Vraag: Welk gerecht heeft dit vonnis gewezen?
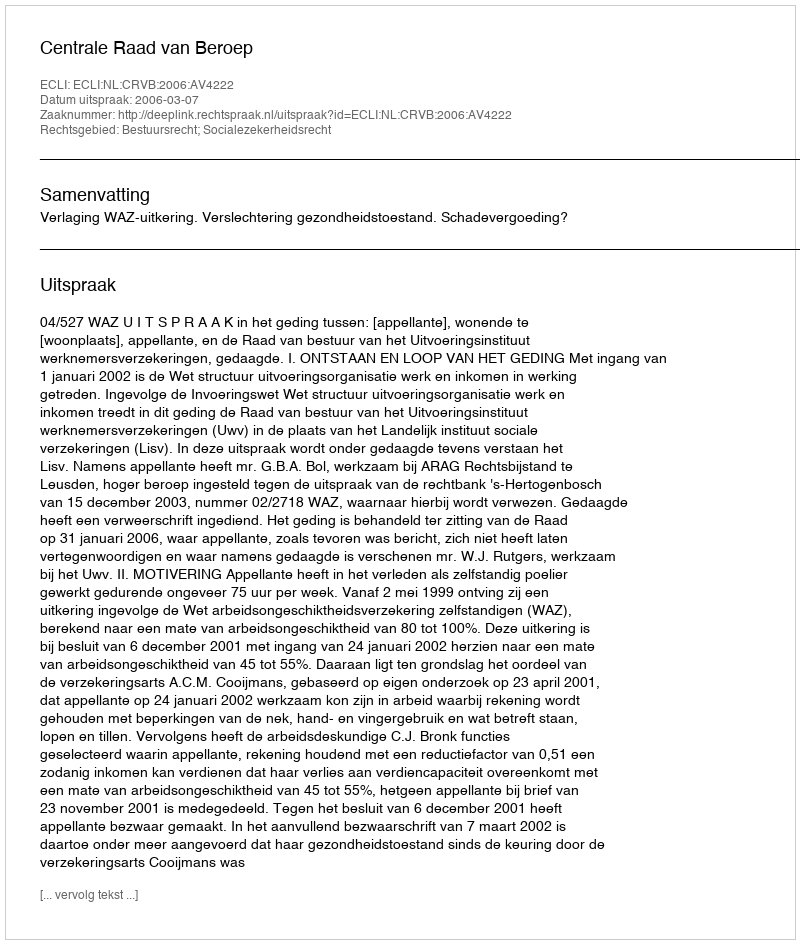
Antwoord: Centrale Raad van Beroep